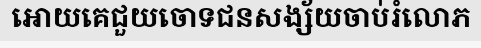
អោយគេជួយចោទជនសង្ស័យចាប់រំលោភ